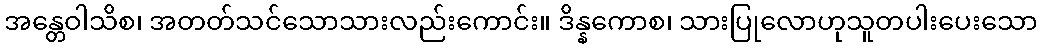
အန္တေဝါသိစ၊ အတတ်သင်သောသားလည်းကောင်း။ ဒိန္နကောစ၊ သားပြုလောဟုသူတပါးပေးသော